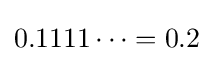
0.1111\dots =0.2